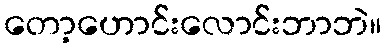
တော့ဟောင်းလောင်းဘာဘဲ။